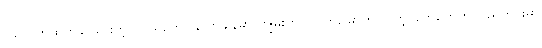
ပြည်ပကိုထွက်ခွာသွားတဲ့လူငယ်တွေပြန်လာချိန်မှာ ကျွမ်းကျင်တတ်မြောက်လာတဲ့ပညာတွေကို ပြည်တွင်းမှာ